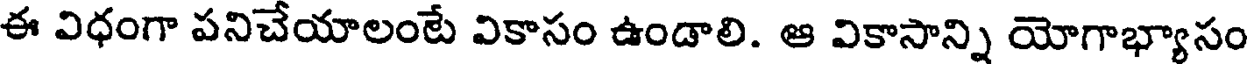
ఈ విధంగా పనిచేయాలంటే వికాసం ఉండాలి. ఆ వికాసాన్ని యోగాభ్యాసం